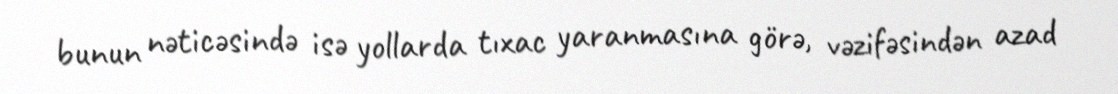
bunun nəticəsində isə yollarda tıxac yaranmasına görə, vəzifəsindən azad